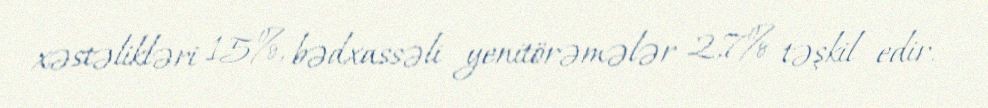
xəstəlikləri 15%, bədxassəli yenitörəmələr 2,7% təşkil edir.